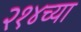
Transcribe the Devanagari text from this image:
२१४च्या